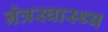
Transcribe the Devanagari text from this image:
नेत्रस्वास्थ्य